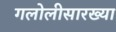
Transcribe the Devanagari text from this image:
गलोलीसारख्या